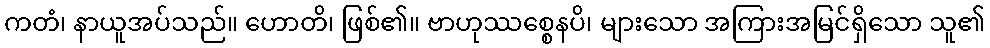
ကတံ၊ နာယူအပ်သည်။ ဟောတိ၊ ဖြစ်၏။ ဗာဟုဿစ္စေနပိ၊ များသော အကြားအမြင်ရှိသော သူ၏